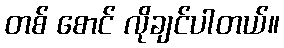
တစ် စောင် လိုချင်ပါတယ်။